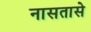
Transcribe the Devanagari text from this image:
नासतासे